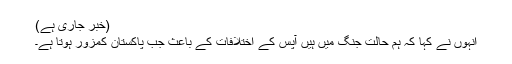
(خبر جاری ہے)
انہوں نے کہا کہ ہم حالت جنگ میں ہیں آپس کے اختلافات کے باعث جب پاکستان کمزور ہوتا ہے۔